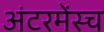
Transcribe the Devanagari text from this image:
अंटरमेंस्च